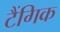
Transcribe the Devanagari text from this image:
टैंगिक